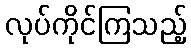
လုပ်ကိုင်ကြသည့်